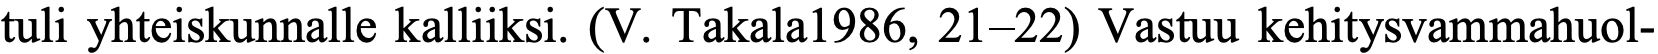
tuli yhteiskunnalle kalliiksi. (V. Takala1986, 21–22) Vastuu kehitysvammahuol-